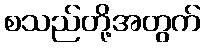
စသည်တို့အတွက်